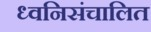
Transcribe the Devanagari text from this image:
ध्वनिसंचालित